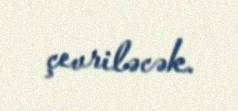
çevriləcək.